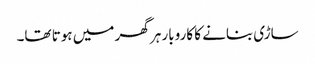
ساڑی بنانے کا کاروبار ہر گھر میں ہوتا تھا۔